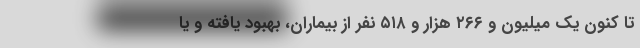
تا کنون یک میلیون و ۲۶۶ هزار و ۵۱۸ نفر از بیماران، بهبود یافته و یا